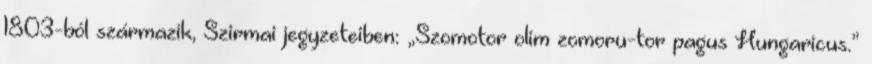
1803-ból származik, Szirmai jegyzeteiben: „Szomotor olim zomoru-tor pagus Hungaricus.”